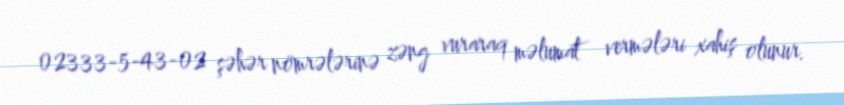
02333-5-43-02 şəhər nömrələrinə zəng vuraraq məlumat vermələri xahiş olunur.